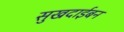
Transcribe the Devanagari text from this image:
सुखदाईबन